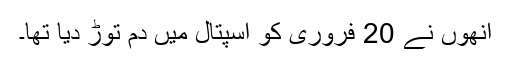
انھوں نے 20 فروری کو اسپتال میں دم توڑ دیا تھا۔